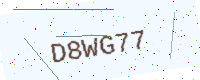
Text: D8WG77